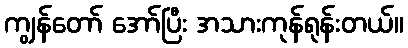
ကျွန်တော် အော်ပြီး အသားကုန်ရုန်းတယ်။